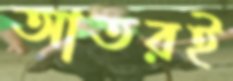
আতরই